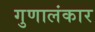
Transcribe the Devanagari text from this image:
गुणालंकार